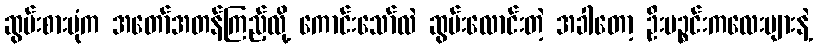
ဆွမ်းစားပုံက အတော်အတန်ကြည့်လို့ ကောင်းသော်လဲ ဆွမ်းလောင်းတဲ့ အခါတော့ ဦးပဉ္စင်းကလေးများနဲ့